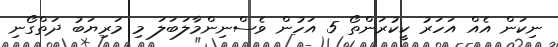
ނިކަން އެއް އަހަރު ކީކުރަންތޯ 5 އަހުން ވެސްނިންމާލަބަލަ މި މަރިޔަބު ދަތްގޯނި